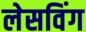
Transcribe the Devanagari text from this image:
लेसविंग